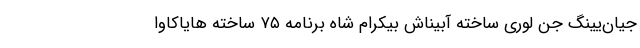
جیان‌یینگ جن لوری ساخته آبیناش بیکرام شاه برنامه ۷۵ ساخته هایاکاوا